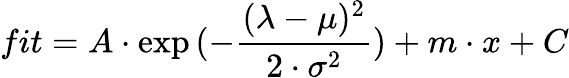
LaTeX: \large fit={A\cdot\exp{(-\frac{(\lambda-\mu)^{2}}{2\cdot\sigma^{2}})}+m\cdot{x}+C}